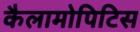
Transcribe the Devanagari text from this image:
कैलामोपिटिस